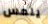
يلمس